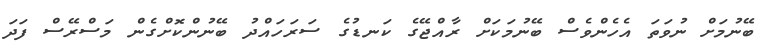
ބޭނުމަށް ނުވަތަ އެހެންވެސް ބޭނުމަކަށް ރާއްޖޭގެ ކަނޑުގެ ސަރަހައްދު ބޭނުންކޮށްގެން މަސްރޭސް ފަދަ